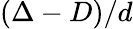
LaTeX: (\Delta-D)/d